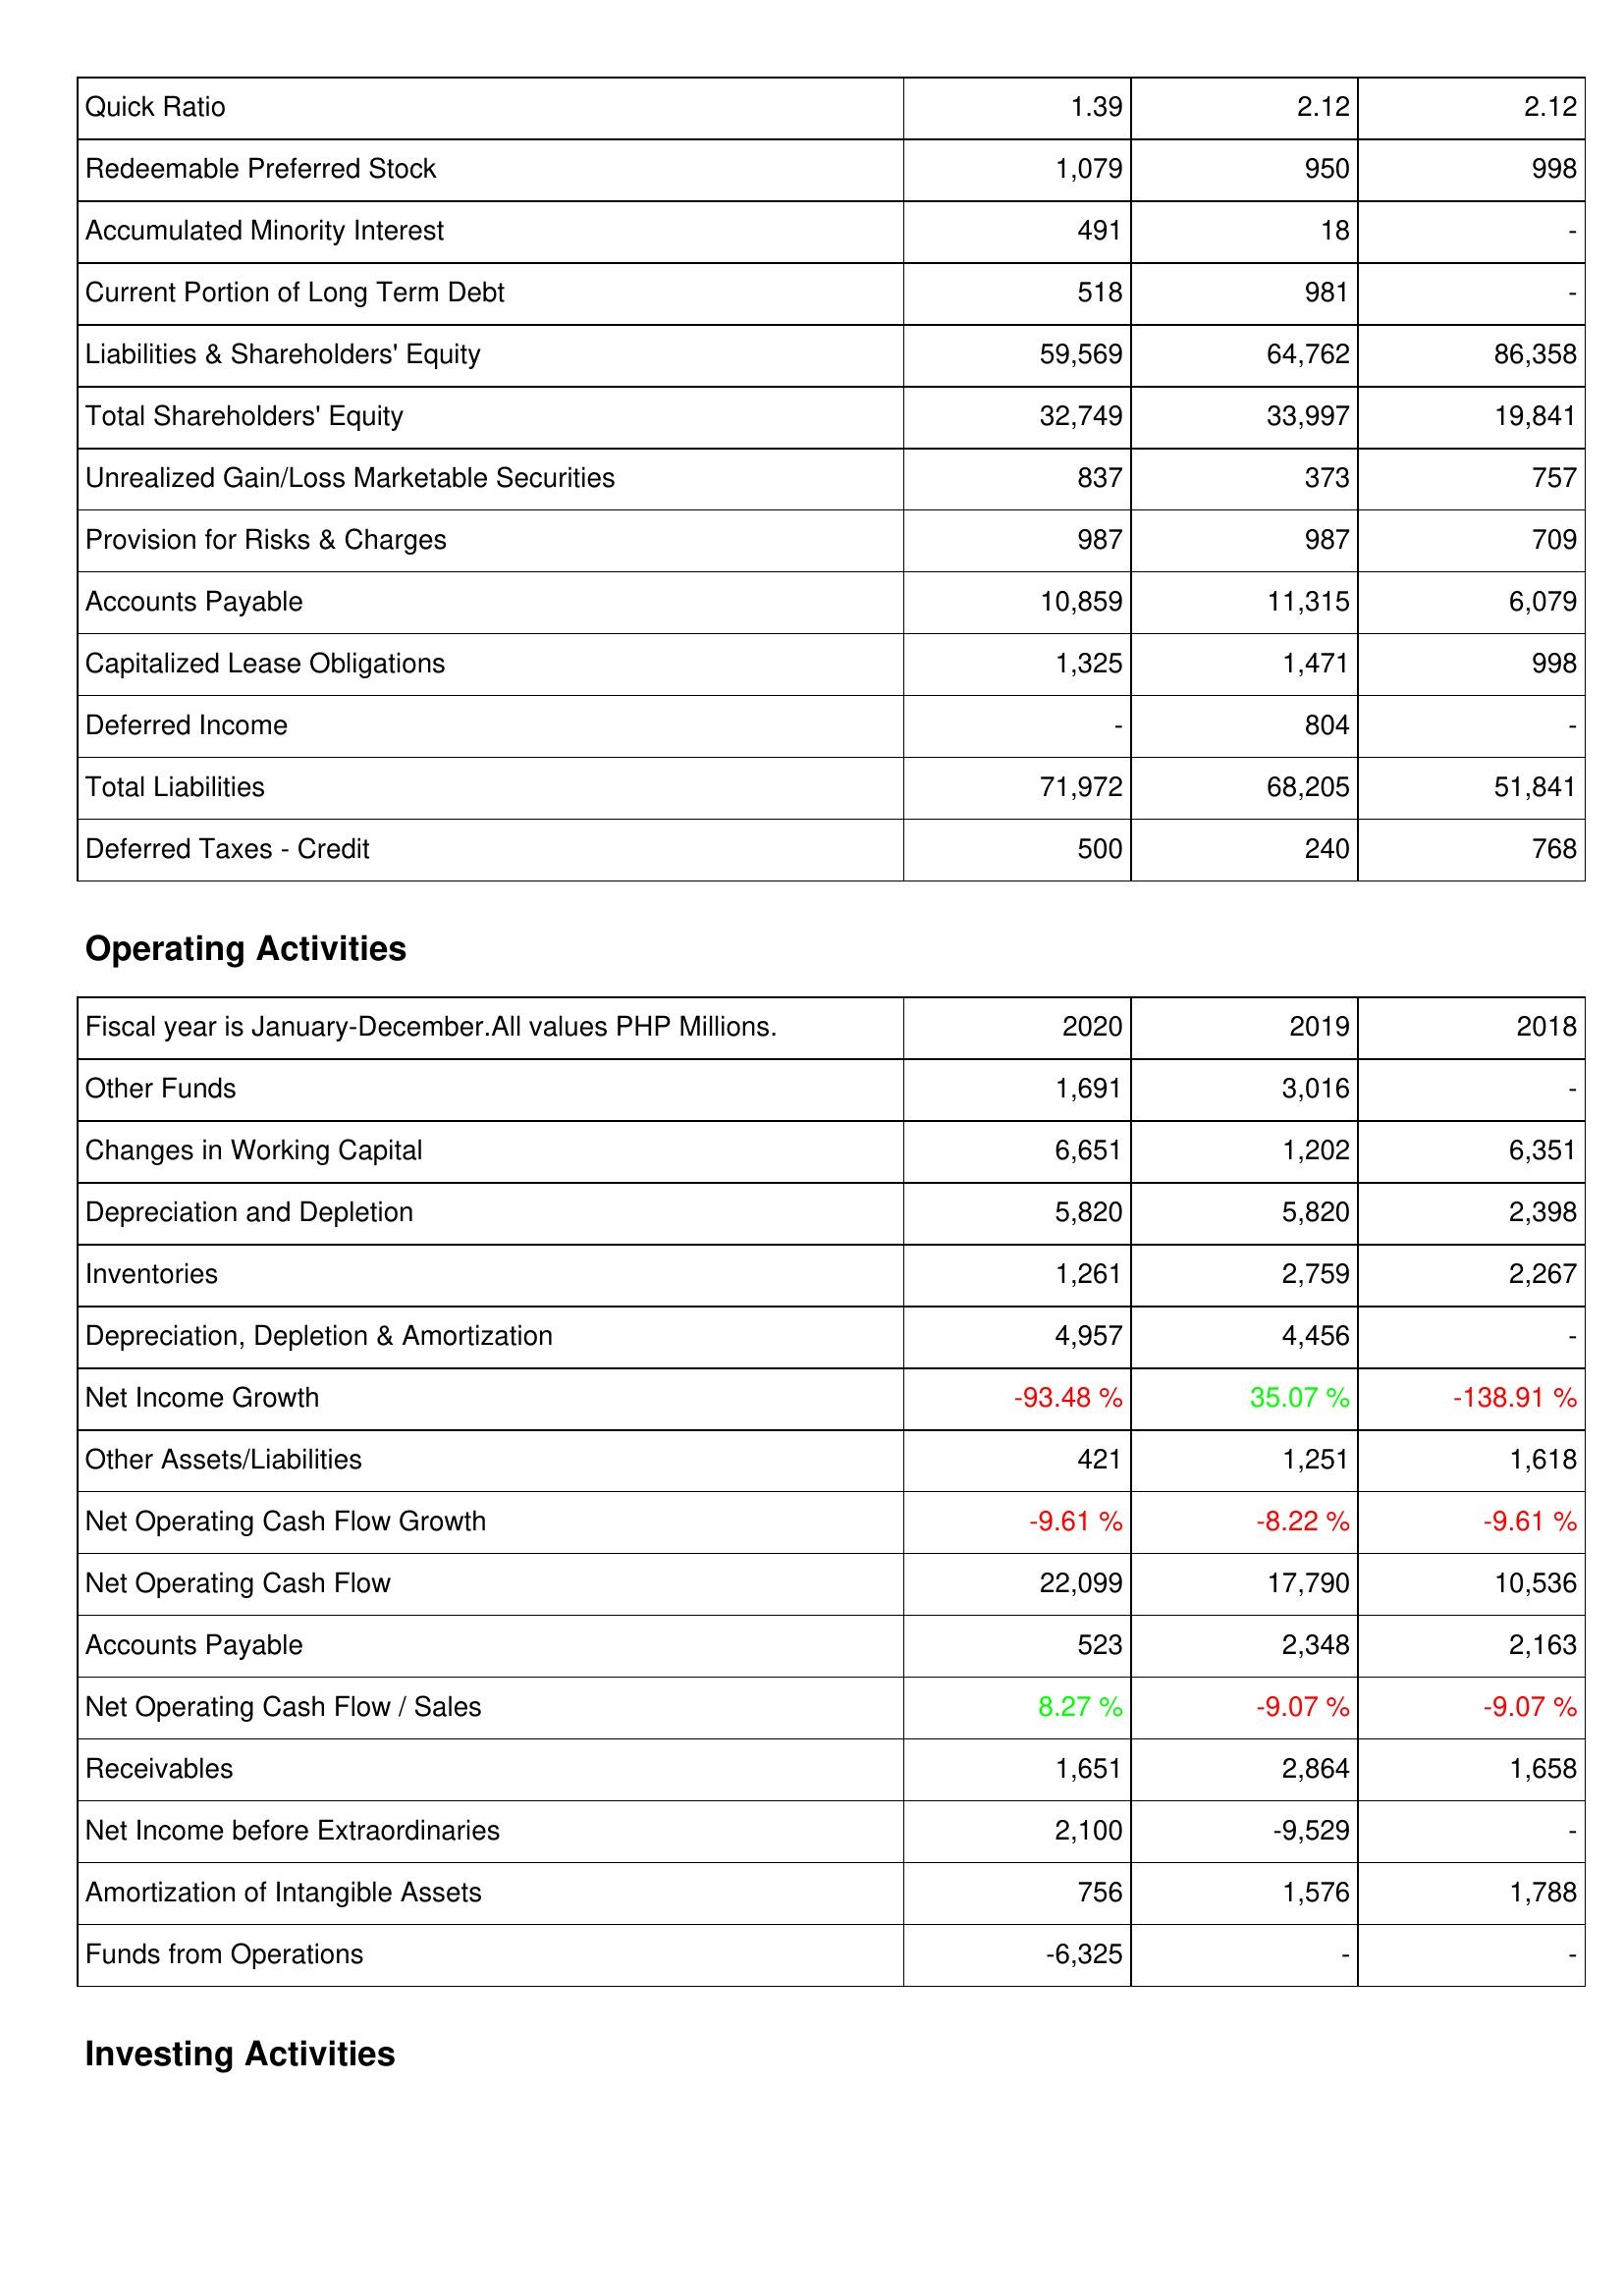
2020: Liabilities & Shareholders' Equity: Quick Ratio: 1.39
Redeemable Preferred Stock: 1,079
Accumulated Minority Interest: 491
Current Portion of Long Term Debt: 518
Liabilities & Shareholders' Equity: 59,569
Total Shareholders' Equity: 32,749
Unrealized Gain/Loss Marketable Securities: 837
Provision for Risks & Charges: 987
Accounts Payable: 10,859
Capitalized Lease Obligations: 1,325
Deferred Income: -
Total Liabilities: 71,972
Deferred Taxes - Credit: 500
Operating Activities: Other Funds: 1,691
Changes in Working Capital: 6,651
Depreciation and Depletion: 5,820
Inventories: 1,261
Depreciation, Depletion & Amortization: 4,957
Net Income Growth: -93.48 %
Other Assets/Liabilities: 421
Net Operating Cash Flow Growth: -9.61 %
Net Operating Cash Flow: 22,099
Accounts Payable: 523
Net Operating Cash Flow / Sales: 8.27 %
Receivables: 1,651
Net Income before Extraordinaries: 2,100
Amortization of Intangible Assets: 756
Funds from Operations: -6,325
2019: Liabilities & Shareholders' Equity: Quick Ratio: 2.12
Redeemable Preferred Stock: 950
Accumulated Minority Interest: 18
Current Portion of Long Term Debt: 981
Liabilities & Shareholders' Equity: 64,762
Total Shareholders' Equity: 33,997
Unrealized Gain/Loss Marketable Securities: 373
Provision for Risks & Charges: 987
Accounts Payable: 11,315
Capitalized Lease Obligations: 1,471
Deferred Income: 804
Total Liabilities: 68,205
Deferred Taxes - Credit: 240
Operating Activities: Other Funds: 3,016
Changes in Working Capital: 1,202
Depreciation and Depletion: 5,820
Inventories: 2,759
Depreciation, Depletion & Amortization: 4,456
Net Income Growth: 35.07 %
Other Assets/Liabilities: 1,251
Net Operating Cash Flow Growth: -8.22 %
Net Operating Cash Flow: 17,790
Accounts Payable: 2,348
Net Operating Cash Flow / Sales: -9.07 %
Receivables: 2,864
Net Income before Extraordinaries: -9,529
Amortization of Intangible Assets: 1,576
Funds from Operations: -
2018: Liabilities & Shareholders' Equity: Quick Ratio: 2.12
Redeemable Preferred Stock: 998
Accumulated Minority Interest: -
Current Portion of Long Term Debt: -
Liabilities & Shareholders' Equity: 86,358
Total Shareholders' Equity: 19,841
Unrealized Gain/Loss Marketable Securities: 757
Provision for Risks & Charges: 709
Accounts Payable: 6,079
Capitalized Lease Obligations: 998
Deferred Income: -
Total Liabilities: 51,841
Deferred Taxes - Credit: 768
Operating Activities: Other Funds: -
Changes in Working Capital: 6,351
Depreciation and Depletion: 2,398
Inventories: 2,267
Depreciation, Depletion & Amortization: -
Net Income Growth: -138.91 %
Other Assets/Liabilities: 1,618
Net Operating Cash Flow Growth: -9.61 %
Net Operating Cash Flow: 10,536
Accounts Payable: 2,163
Net Operating Cash Flow / Sales: -9.07 %
Receivables: 1,658
Net Income before Extraordinaries: -
Amortization of Intangible Assets: 1,788
Funds from Operations: -